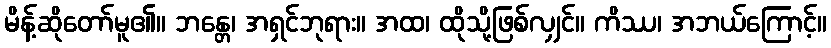
မိန့်ဆိုတော်မူ၏။ ဘန္တေ၊ အရှင်ဘုရား။ အထ၊ ထိုသို့ဖြစ်လျှင်။ ကိဿ၊ အဘယ်ကြောင့်။